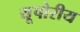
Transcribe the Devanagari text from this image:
यूपोरीय